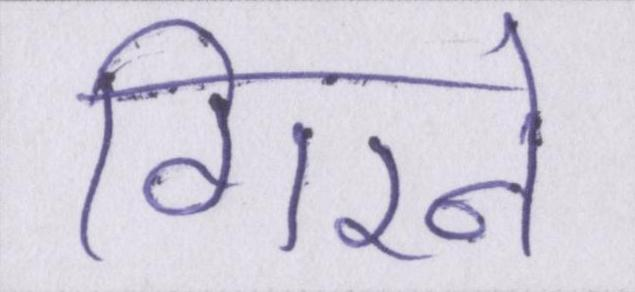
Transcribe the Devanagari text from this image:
गिरने